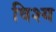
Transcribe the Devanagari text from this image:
विश्य